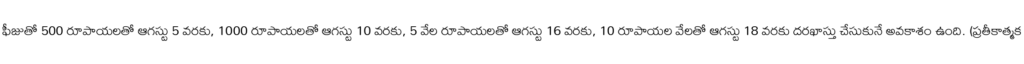
ఫీజుతో 500 రూపాయలతో ఆగస్టు 5 వరకు, 1000 రూపాయలతో ఆగస్టు 10 వరకు, 5 వేల రూపాయలతో ఆగస్టు 16 వరకు, 10 రూపాయల వేలతో ఆగస్టు 18 వరకు దరఖాస్తు చేసుకునే అవకాశం ఉంది. (ప్రతీకాత్మక